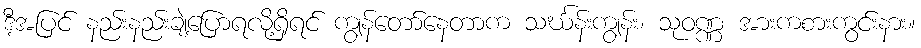
ဒီ့အပြင် နည်းနည်းချဲ့ပြောရလို့ရှိရင် ကျွန်တော်နေတာက သင်္ဃန်းကျွန်း၊ သုဝဏ္ဏ အားကစားကွင်းနား။